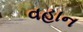
વહાન